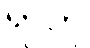
ရာဟု